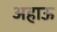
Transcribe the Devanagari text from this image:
अहाऊ